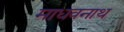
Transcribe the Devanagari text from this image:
माधवनाथ